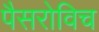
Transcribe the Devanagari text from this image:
पैसरोविच